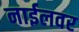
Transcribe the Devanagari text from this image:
नाईलवर